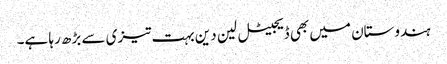
ہندوستان میں بھی ڈیجیٹل لین دین بہت تیزی سے بڑھ رہا ہے۔